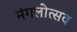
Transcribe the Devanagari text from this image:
मंगलोत्सव